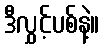
ဒီလွှင့်ပစ်နဲ့။